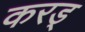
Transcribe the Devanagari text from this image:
करड्